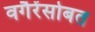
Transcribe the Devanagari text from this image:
वगैरेंसोबत